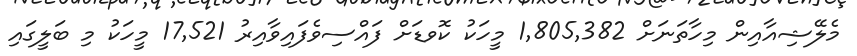
މެލޭޝިއާއިން މިހާތަނަށް 1